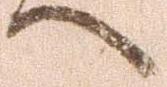
へ